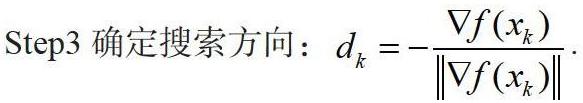
Step3 确定搜索方向: $d_{k}=-\frac{\nabla f(x_{k})}{\|\nabla f(x_{k})\|}.$